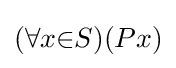
(\forall x{\in }S)(Px)